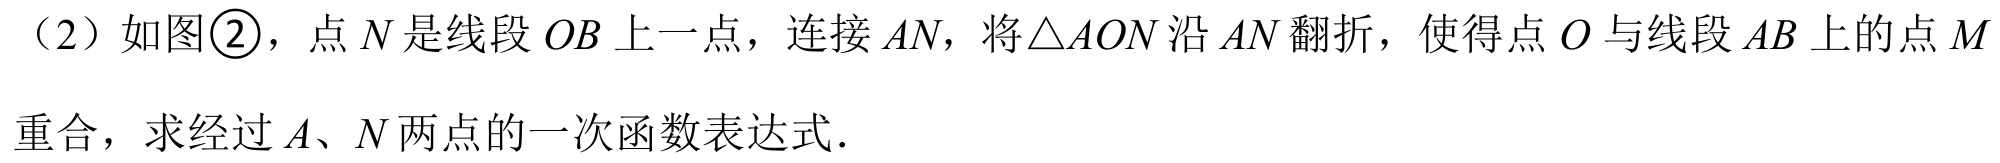
（2）如图\textcircled{2}，点\(N\)是线段\(OB\)上一点，连接\(AN\)，将\(\triangle AON\)沿\(AN\)翻折，使得点\(O\)与线段\(AB\)上的点\(M\)重合，求经过\(A、N\)两点的一次函数表达式．